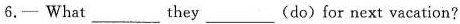
6.—What___they___(do)for next vacation?